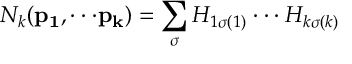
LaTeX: N _ { k } ( { \bf p _ { 1 } , \cdot \cdot \cdot p _ { k } } ) = \sum _ { \sigma } H _ { 1 \sigma ( 1 ) } \cdot \cdot \cdot H _ { k \sigma ( k ) }